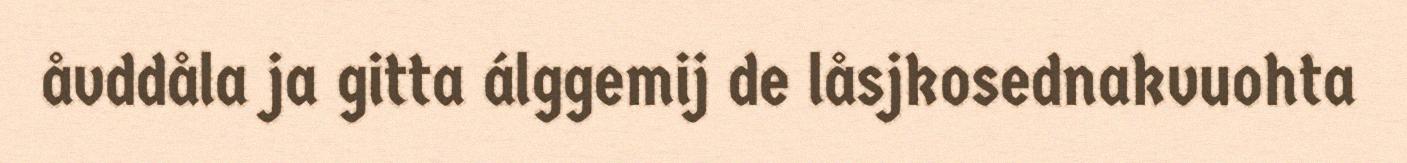
åvddåla ja gitta álggemij de låsjkosednakvuohta